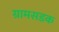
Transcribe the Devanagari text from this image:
ग्रामसडक